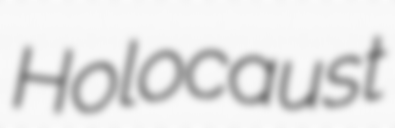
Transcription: Holocaust